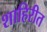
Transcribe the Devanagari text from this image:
शाहिरीत